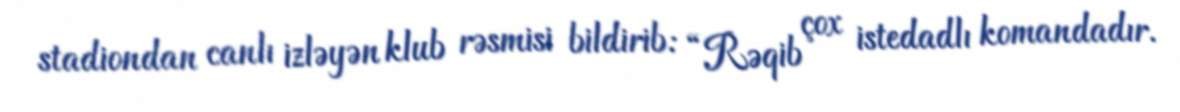
stadiondan canlı izləyən klub rəsmisi bildirib: “Rəqib çox istedadlı komandadır.